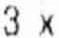
3 X